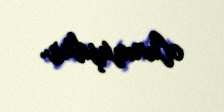
olunmuşdur.